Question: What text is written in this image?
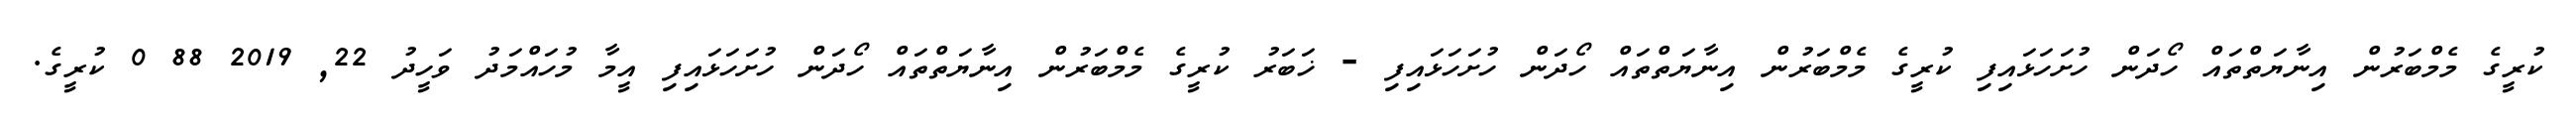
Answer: ކުރީގެ މެމްބަރުން އިނާޔަތްތައް ހޯދަން ހުށަހަޅައިފި ކުރީގެ މެމްބަރުން އިނާޔަތްތައް ހޯދަން ހުށަހަޅައިފި - ޚަބަރު ކުރީގެ މެމްބަރުން އިނާޔަތްތައް ހޯދަން ހުށަހަޅައިފި އީމާ މުހައްމަދު ވަހީދު 22, 2019 88 0 ކުރީގެ.